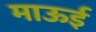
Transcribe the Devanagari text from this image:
माऊई